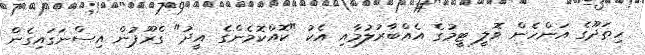
ހިތަދޫގެ އަންހެން ވޮލީ ޓީމުގެ އެއްބާރުލުމާއި އެކު "ކޮއްކޮމެންގެ އީދު" ގްރޫޕުން އިސްނަގައިގެން